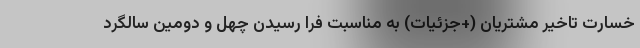
خسارت تاخیر مشتریان (+جزئیات) به مناسبت فرا رسیدن چهل و دومین سالگرد